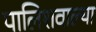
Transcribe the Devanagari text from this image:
पालिशवाल्या